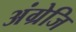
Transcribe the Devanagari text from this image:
अंग्रेजि